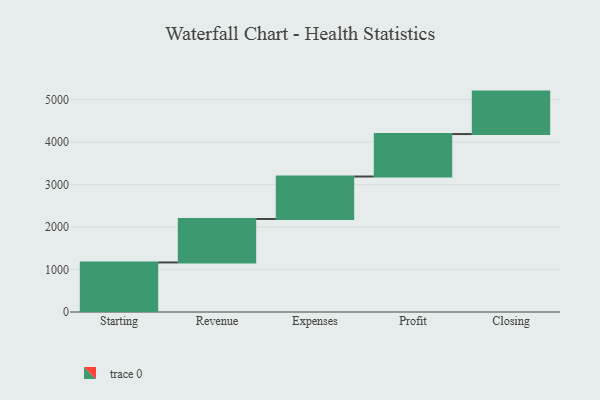
{"axis": {"x": "Step", "y": "Value"}, "legend": [""], "data": [{"x": "Starting", "y": 1167.0, "type": ""}, {"x": "Revenue", "y": 1024.0, "type": ""}, {"x": "Expenses", "y": 1000, "type": ""}, {"x": "Profit", "y": 1000, "type": ""}, {"x": "Closing", "y": 1000, "type": ""}]}